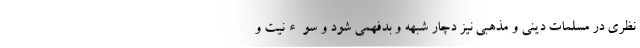
نظری در مسلمات دینی و مذهبی نیز دچار شبهه و بدفهمی شود و سوء‌نیت و